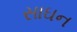
સાઘન